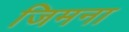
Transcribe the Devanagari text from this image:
जिमना